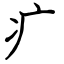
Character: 疒